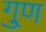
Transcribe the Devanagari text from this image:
गु्ण